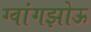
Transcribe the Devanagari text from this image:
ग्वांगझोऊ